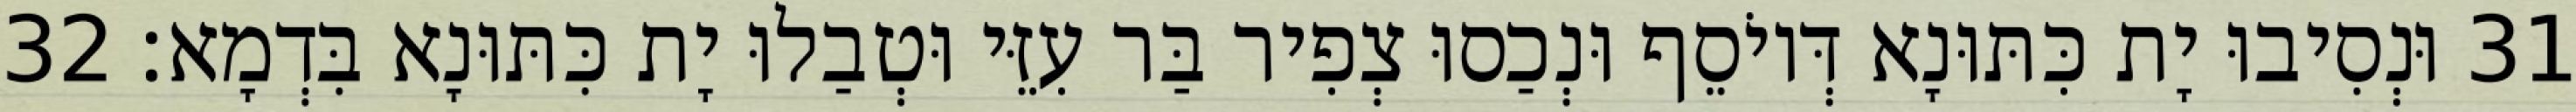
31 וּנְסִיבוּ יָת כִּתּוּנָא דְּיוֹסֵף וּנְכַסוּ צְפִיר בַּר עִזֵּי וּטְבַלוּ יָת כִּתּוּנָא בִּדְמָא׃ 32